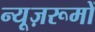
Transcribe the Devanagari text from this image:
न्यूज़रूमों